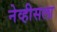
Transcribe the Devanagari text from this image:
नेव्हीसला